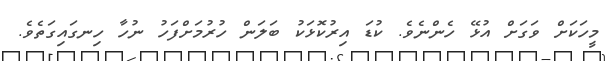
މީހަކަށް ވަގަށް އުޅޭ ހެންނެވެ. ކުޑަ އިރުކޮޅަކު ބަލަން ހުރުމަށްފަހު ނުހާ ހިނގައިގަތެވެ.